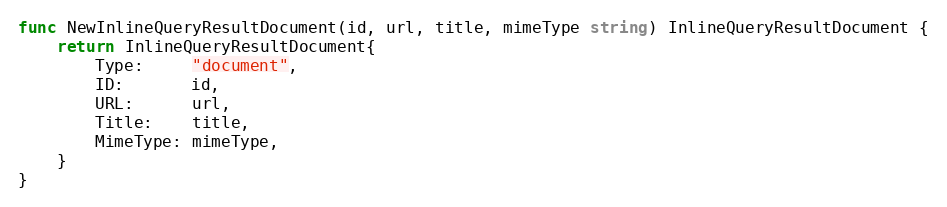
Language: Go
func NewInlineQueryResultDocument(id, url, title, mimeType string) InlineQueryResultDocument {
	return InlineQueryResultDocument{
		Type:     "document",
		ID:       id,
		URL:      url,
		Title:    title,
		MimeType: mimeType,
	}
}